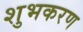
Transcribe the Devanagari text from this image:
शुभकरण